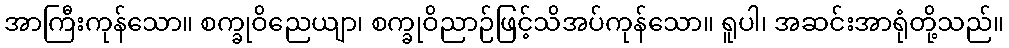
အာကြီးကုန်သော။ စက္ခုဝိညေယျာ၊ စက္ခုဝိညာဉ်ဖြင့်သိအပ်ကုန်သော။ ရူပါ၊ အဆင်းအာရုံတို့သည်။